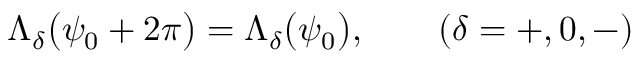
\Lambda _ { \delta } \bigl ( \psi _ { 0 } + 2 \pi \bigr ) = \Lambda _ { \delta } \bigl ( \psi _ { 0 } \bigr ) , \qquad ( \delta = + , 0 , - )